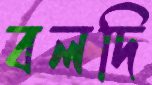
বলদি